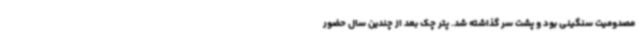
مصدومیت سنگینی بود و پشت سر گذاشته شد. پتر چک بعد از چندین سال حضور